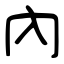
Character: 內